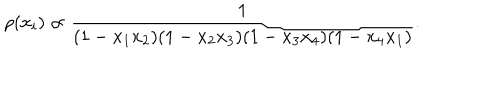
LaTeX: \rho ( x _ { i } ) \propto \frac { 1 } { ( 1 - x _ { 1 } x _ { 2 } ) ( 1 - x _ { 2 } x _ { 3 } ) ( 1 - x _ { 3 } x _ { 4 } ) ( 1 - x _ { 4 } x _ { 1 } ) } .